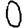
Digit: 0